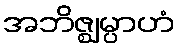
အဘိဇ္ဈမ္ပာဟံ